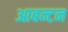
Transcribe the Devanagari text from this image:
आबन्टन